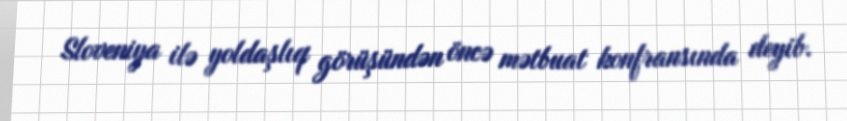
Sloveniya ilə yoldaşlıq görüşündən öncə mətbuat konfransında deyib.